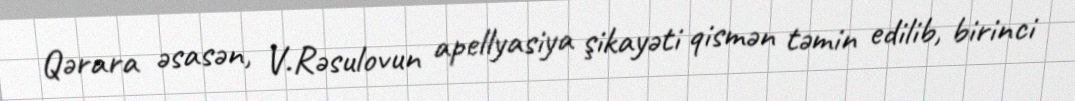
Qərara əsasən, V.Rəsulovun apellyasiya şikayəti qismən təmin edilib, birinci